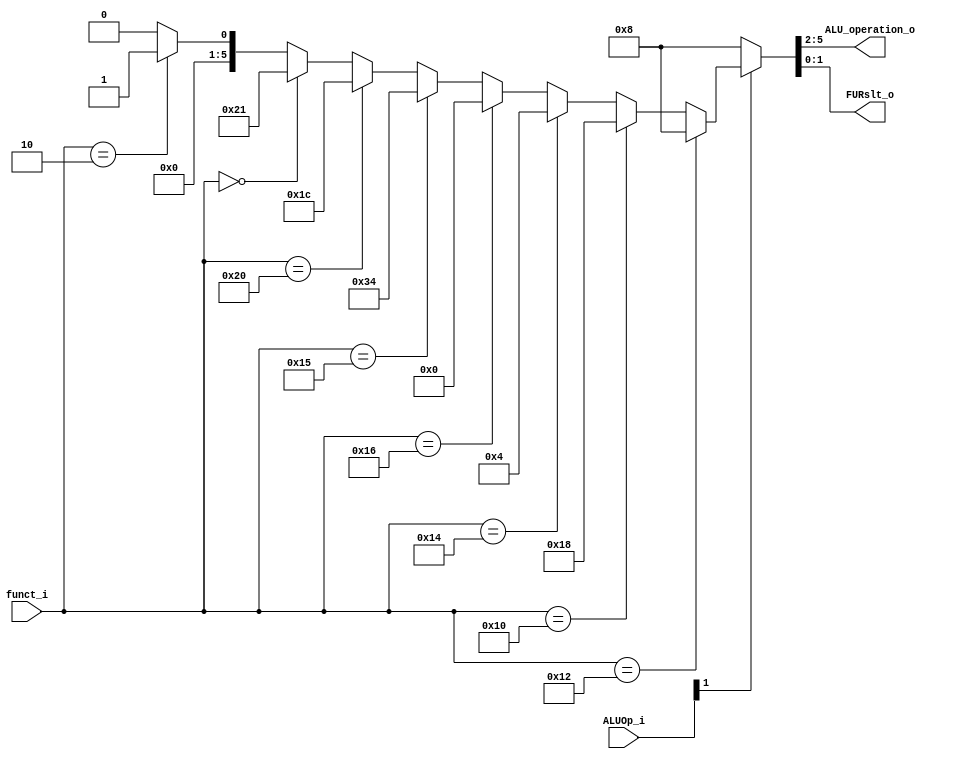
module ALU_Ctrl( funct_i, ALUOp_i, ALU_operation_o, FURslt_o );

//I/O ports 
input      [6-1:0] funct_i;
input      [3-1:0] ALUOp_i;

output     [4-1:0] ALU_operation_o;  
output     [2-1:0] FURslt_o;
     
//Internal Signals
wire		[4-1:0] ALU_operation_o;
wire		[2-1:0] FURslt_o;

//Main function
/*your code here*/
assign {ALU_operation_o, FURslt_o} = (ALUOp_i[1] == 1'b0) ? {4'b0010, 2'b00} : // addi
                                     (ALUOp_i[1] == 1'b1) ? {                  // r-format
                                            (funct_i == 6'b010010) ? {4'b0010, 2'b00} : // add
                                            (funct_i == 6'b010000) ? {4'b0110, 2'b00} : // sub
                                            (funct_i == 6'b010100) ? {4'b0001, 2'b00} : // and
                                            (funct_i == 6'b010110) ? {4'b0000, 2'b00} : // or
                                            (funct_i == 6'b010101) ? {4'b1101, 2'b00} : // nor
                                            (funct_i == 6'b100000) ? {4'b0111, 2'b00} : // slt
                                            (funct_i == 6'b000000) ? {4'b1000, 2'b01} : // sll
                                            (funct_i == 6'b000010) ? {4'b0000, 2'b01} : // srl
                                            0
                                     } : 0;

endmodule